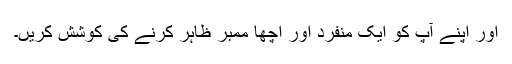
اور اپنے آپ کو ایک منفرد اور اچھا ممبر ظاہر کرنے کی کوشش کریں۔